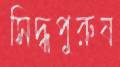
সিদ্ধপুরুষ